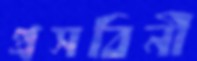
প্রসবিনী